Leaving Certificate Examination, 1904
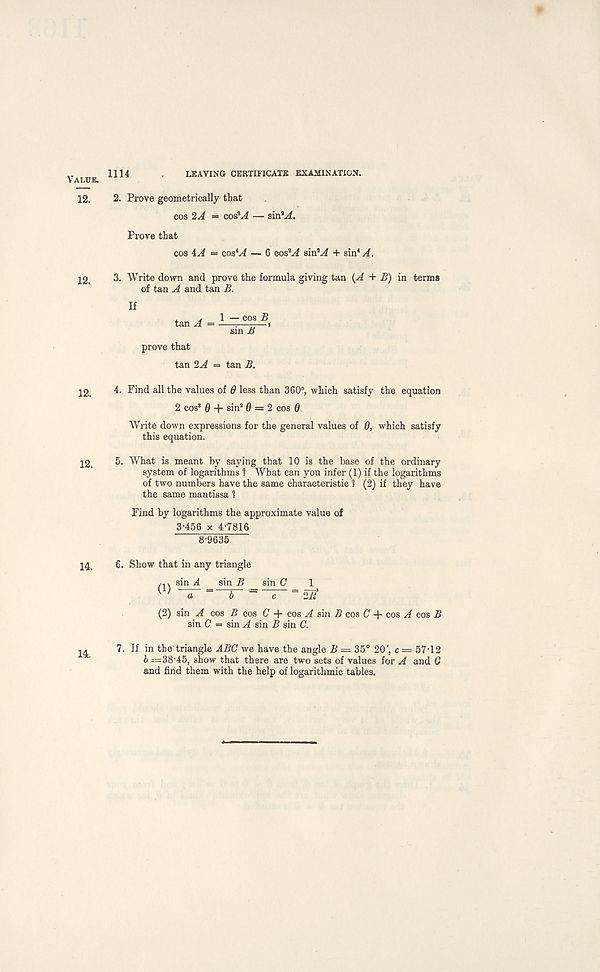
1114
LEAVING CERTIFICATE EXAMINATION.
2. Prove geometrically that
cos 2A = cos 2 v4 — sin 3 A.
Prove that
cos 4A = cos 4 y/ — 6 cos 3 A sin 3 A + sin 4 A.
3. Write down and prove the formula giving tan (A + B) in terms
of tan A and tan B.
If
tan A 1 — cos B
sin B
prove that
tan 2A = tan B.
4. Find all the values of 6 less than 360°, which satisfy the equation
2 cos® 0 + sin 2 0 = 2 cos 0.
Write down expressions for the general values of 6, which satisfy
this equation.
5. What is meant by saying that 10 is the base of the ordinary
system of logarithms 1 What can you infer (1) if the logarithms
of two numbers have the same characteristic 1 (2) if they have
the same mantissa 1
Find by logarithms the approximate value of
3-456 x 4-7816
8-9635
6. Show that in any triangle
m s^n ^ _ sin -S _ sin (7 1
U a
b~ ~7~ = 27/
(2) sin A cos B cos C 4- cos A sin B cos C + cos A cos B
sin C - sin A sin B sin C.
7. If in the triangle ABC we have the angle B = 35° 20', c = 57-12
b —38-45, show that there are two sets of values for A and C
and find them with the help of logarithmic tables.